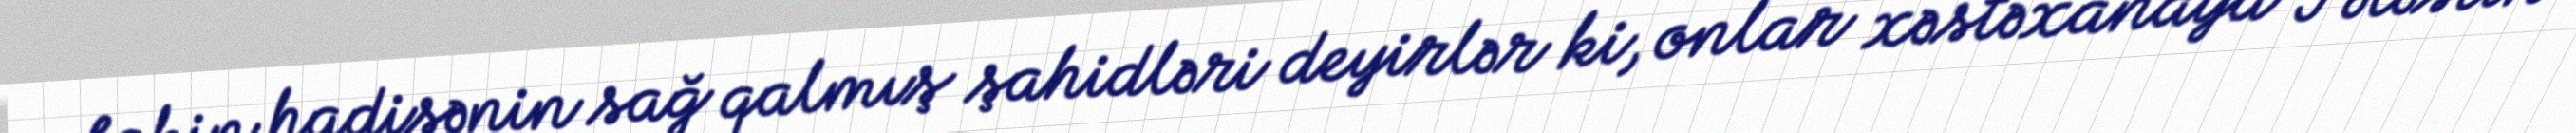
Lakin hadisənin sağ qalmış şahidləri deyirlər ki, onlar xəstəxanaya Fələstin